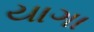
યાગા